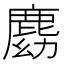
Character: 𪊛